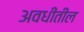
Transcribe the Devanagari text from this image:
अवधींतील